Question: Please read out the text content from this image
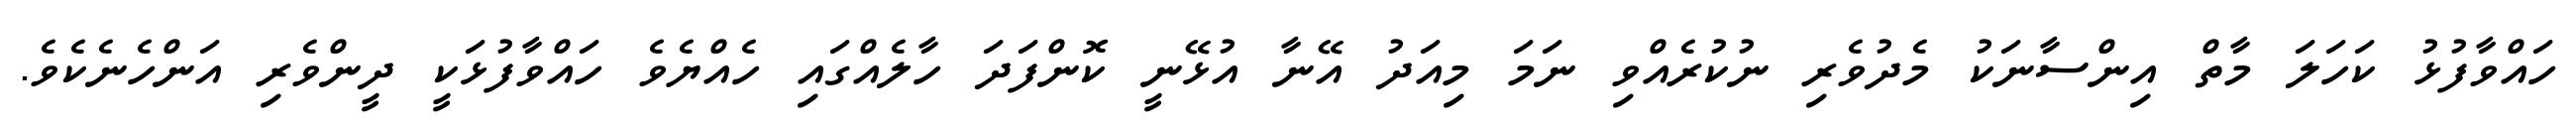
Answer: ހައްވާފުޅު ކަހަލަ މާތް އިންސާނަކު މެދުވެރި ނުކުރެއްވި ނަމަ މިއަދު އޭނާ އުޅޭނީ ކޮންފަދަ ހާލެއްގައި ހެއްޔެވެ ހައްވާފުޅަކީ ދީންވެރި އަންހެނެކެވެ.